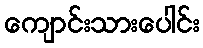
ကျောင်းသားပေါင်း